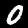
Label: 0